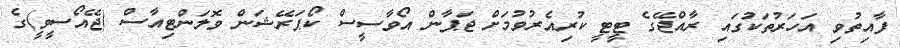
ފާއިތުވި އަހަރުތަކުގައި ރާއްޖޭގެ ޓީޓީ ކުރިއެރުވުމަށް ޖަޕާން އޯވާސީސް ކޯޕަރޭޝަން ވޮލަންޓިއާސް (ޖޭއޯސީވީ)ގެ